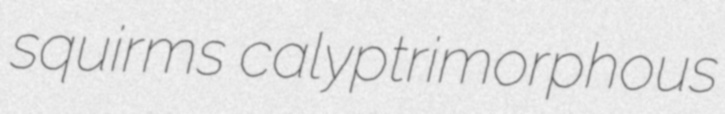
squirms calyptrimorphous